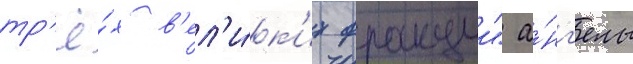
тр'ё́х в'ел'и́к'их фракции" а́нг'елы